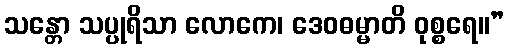
သန္တော သပ္ပုရိသာ လောကေ၊ ဒေဝဓမ္မာတိ ဝုစ္စရေ။”